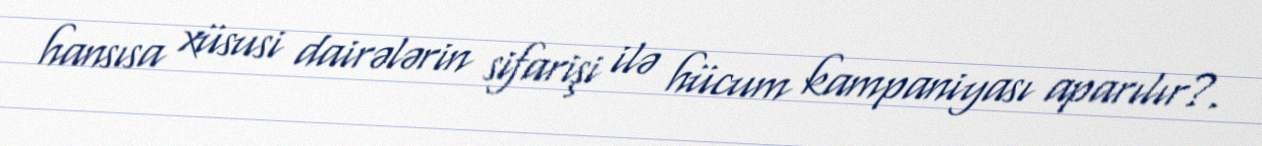
hansısa xüsusi dairələrin sifarişi ilə hücum kampaniyası aparılır?.